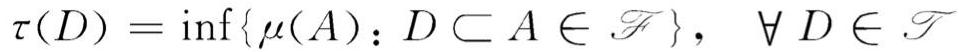
\[ \tau(D) = \inf\{\mu(A) : D \subset A \in \mathscr{F}\}, \quad \forall D \in \mathscr{T} \]